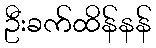
ဦးခက်ထိန်နန်